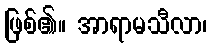
ဖြစ်၏။ အာရာမသီလာ၊